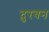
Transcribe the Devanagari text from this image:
दुरबन